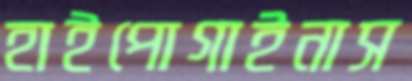
হাইপোগাইনাস